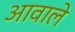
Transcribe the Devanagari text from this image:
आवाले